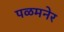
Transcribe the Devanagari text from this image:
पळमनेर